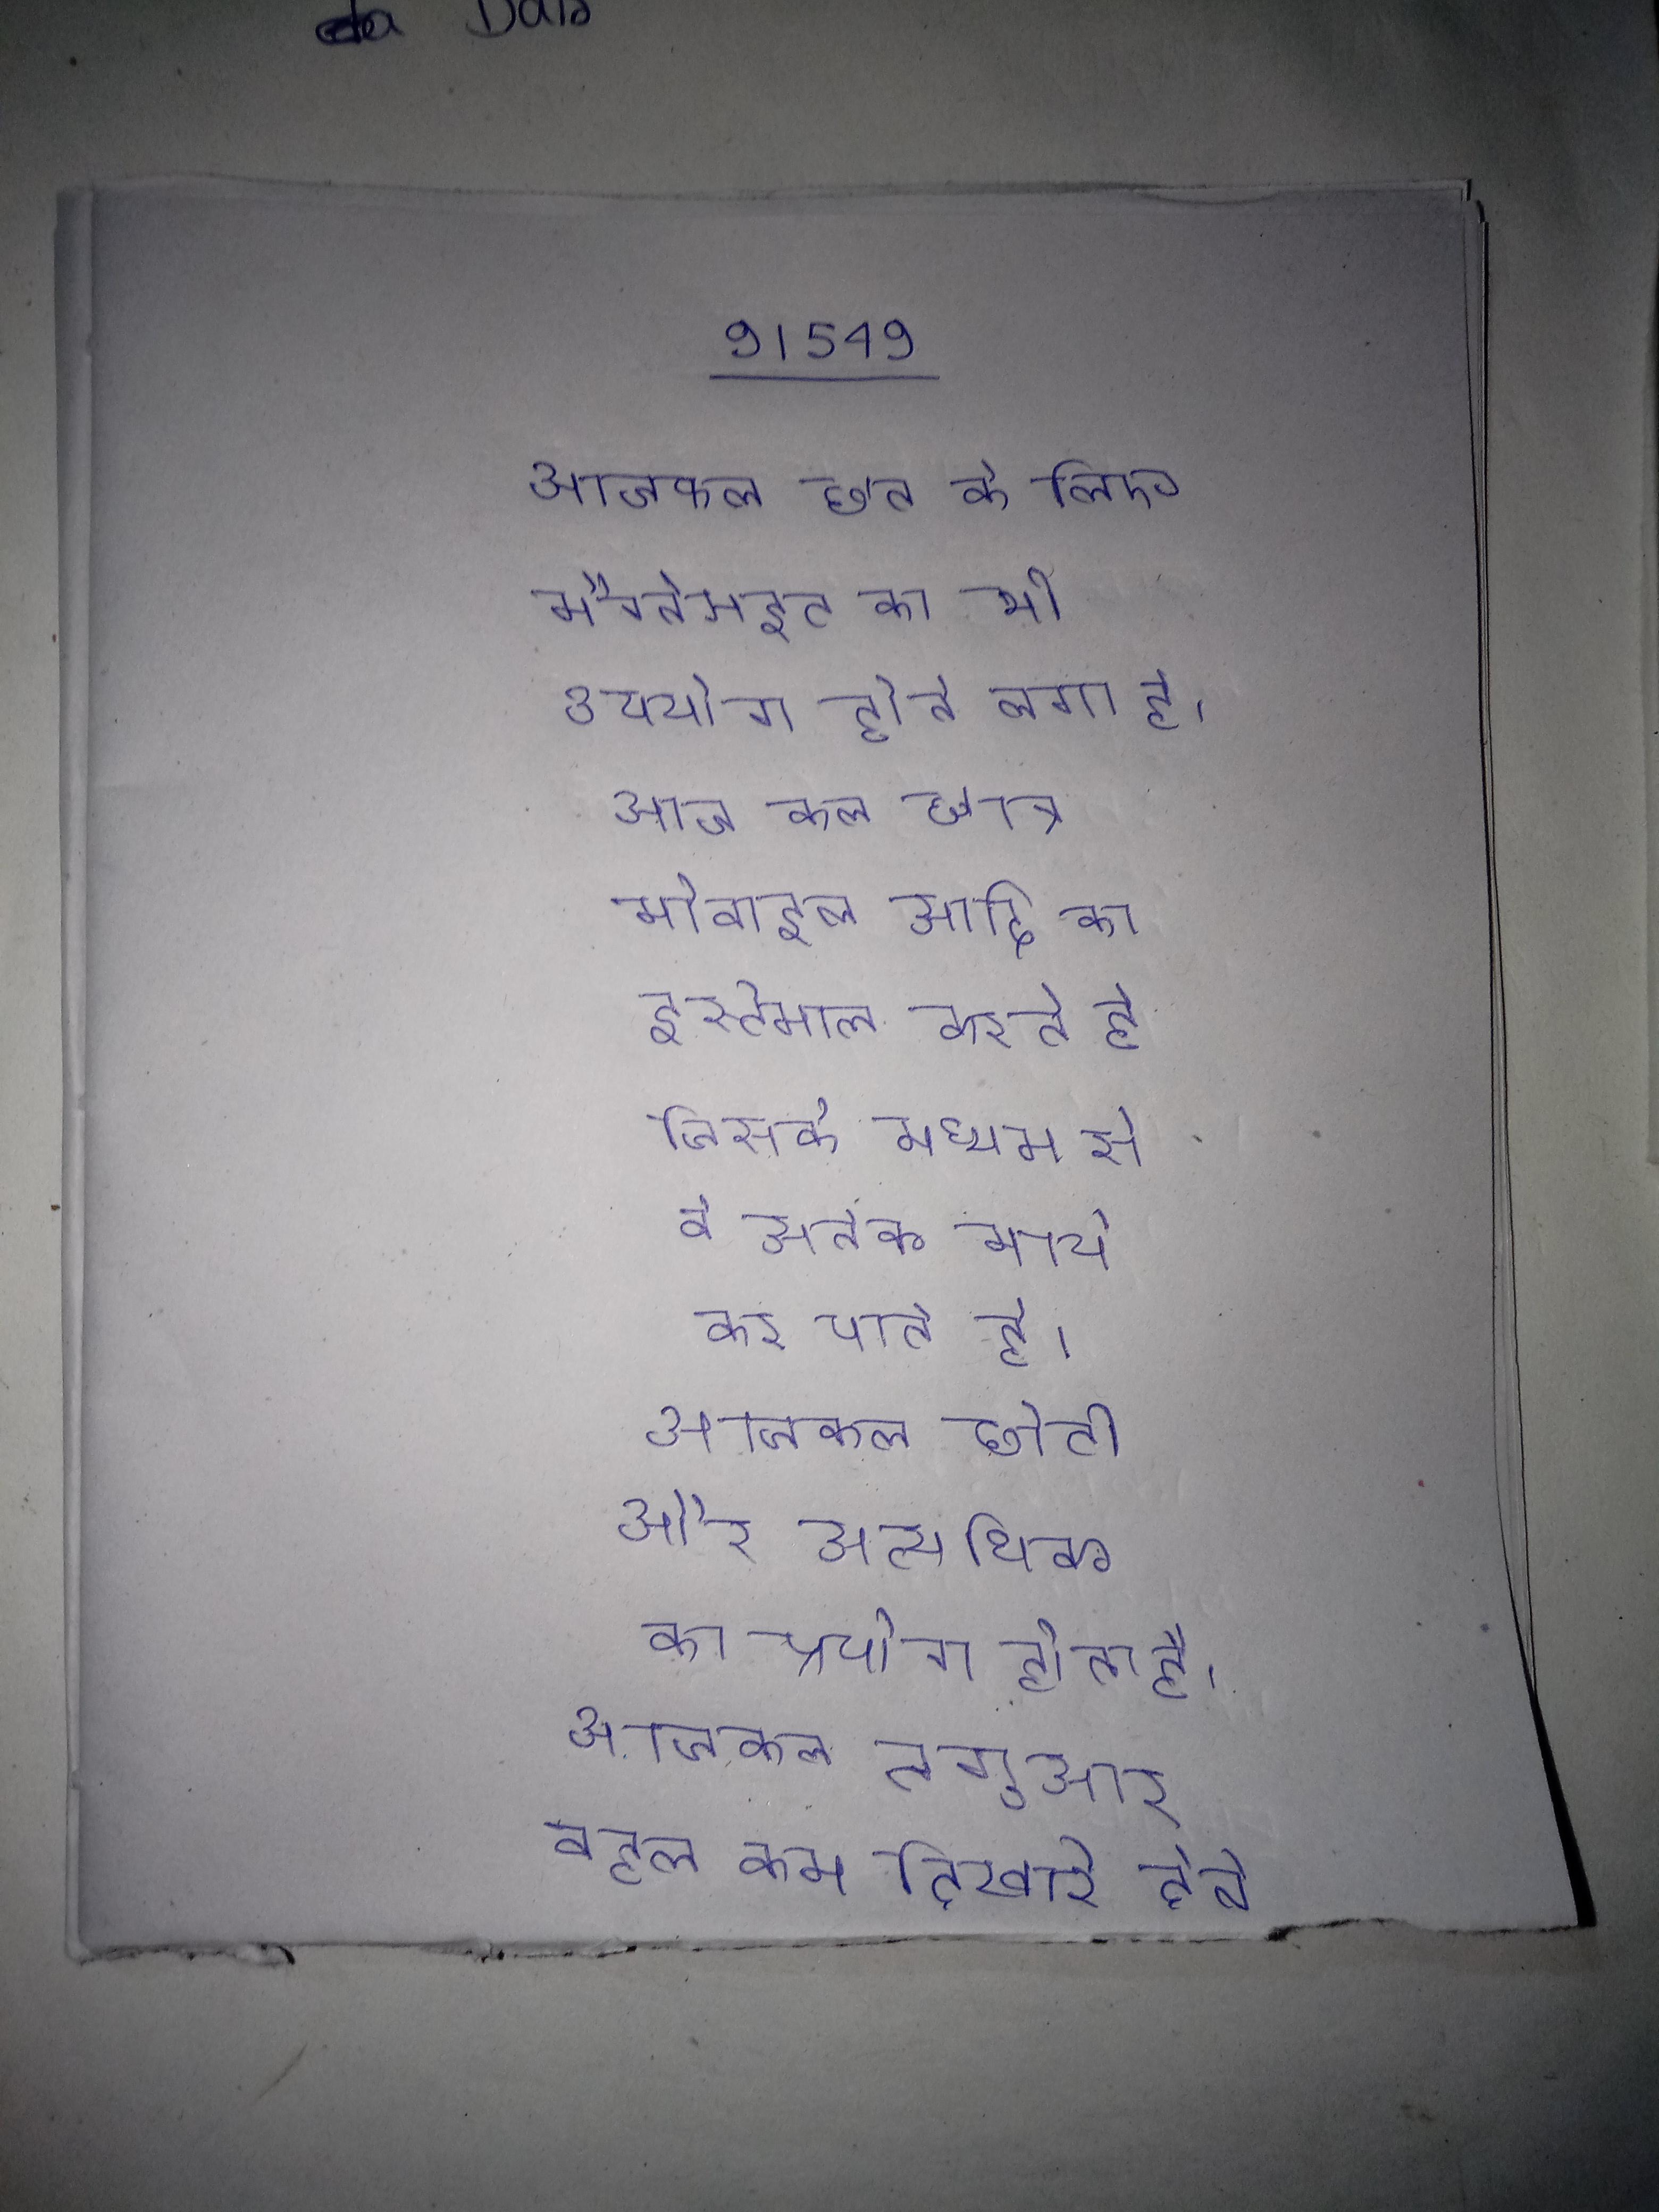
आजकल छत के लिए मैग्नेसाइट का भी उपयोग होने लगा है । आज कल छात्र मोबाइल आदि का इस्तेमाल करते है जिसके माध्यम से वे अनेक कार्य कर पाते है । आजकल छोटी और अत्यधिक का प्रयोग होता है । आजकल जगुआर बहुत कम दिखाई देते ।